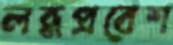
লব্ধপ্রবেশ